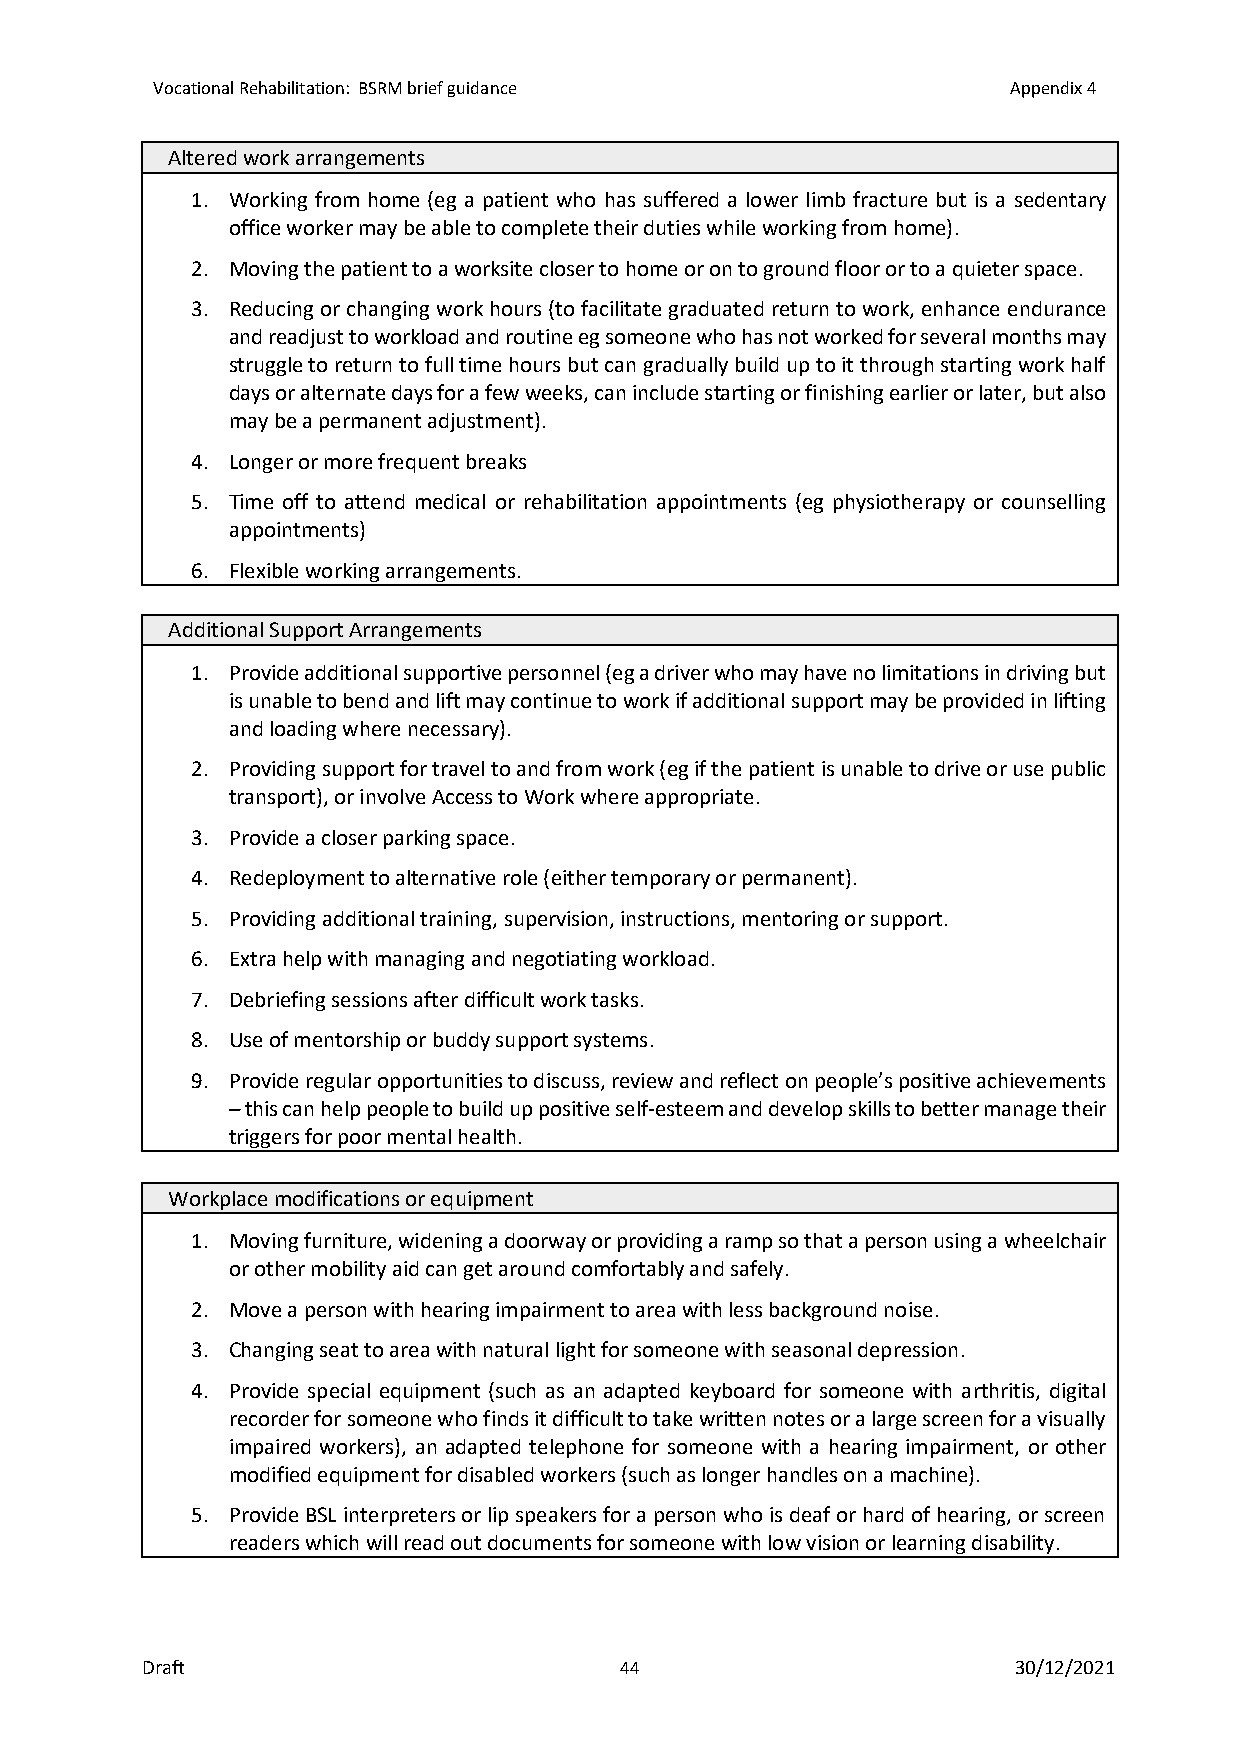
Vocational Rehabilitation: BSRM brief guidance           Appendix 4
 Altered work arrangements
 1. Working from home (eg a patient who has suffered a lower limb fracture but is a sedentary
 office worker may be able to complete their duties while working from home).
 2. Moving the patient to a worksite closer to home or on to ground floor or to a quieter space.
 3. Reducing or changing work hours (to facilitate graduated return to work, enhance endurance
 and readjust to workload and routine eg someone who has not worked for several months may
 struggle to return to full time hours but can gradually build up to it through starting work half
 days or alternate days for a few weeks, can include starting or finishing earlier or later, but also
 may be a permanent adjustment).
 4. Longer or more frequent breaks
 5. Time off to attend medical or rehabilitation appointments (eg physiotherapy or counselling
 appointments)
 6. Flexible working arrangements.
 Additional Support Arrangements
 1. Provide additional supportive personnel (eg a driver who may have no limitations in driving but
 is unable to bend and lift may continue to work if additional support may be provided in lifting
 and loading where necessary).
 2. Providing support for travel to and from work (eg if the patient is unable to drive or use public
 transport), or involve Access to Work where appropriate.
 3. Provide a closer parking space.
 4. Redeployment to alternative role (either temporary or permanent).
 5. Providing additional training, supervision, instructions, mentoring or support.
 6. Extra help with managing and negotiating workload.
 7. Debriefing sessions after difficult work tasks.
 8. Use of mentorship or buddy support systems.
 9. Provide regular opportunities to discuss, review and reflect on people’s positive achievements
 – this can help people to build up positive self-esteem and develop skills to better manage their
 triggers for poor mental health.
 Workplace modifications or equipment
 1. Moving furniture, widening a doorway or providing a ramp so that a person using a wheelchair
 or other mobility aid can get around comfortably and safely.
 2. Move a person with hearing impairment to area with less background noise.
 3. Changing seat to area with natural light for someone with seasonal depression.
 4. Provide special equipment (such as an adapted keyboard for someone with arthritis, digital
 recorder for someone who finds it difficult to take written notes or a large screen for a visually
 impaired workers), an adapted telephone for someone with a hearing impairment, or other
 modified equipment for disabled workers (such as longer handles on a machine).
 5. Provide BSL interpreters or lip speakers for a person who is deaf or hard of hearing, or screen
 readers which will read out documents for someone with low vision or learning disability.
 Draft                           44                        30/12/2021